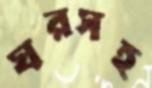
ঘরসহ